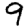
Digit: 9